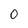
Character: O